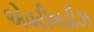
એવરીબડીઝ